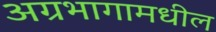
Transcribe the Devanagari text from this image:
अग्रभागामधील